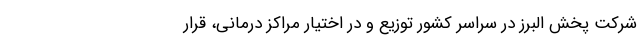
شرکت پخش البرز در سراسر کشور توزیع و در اختیار مراکز درمانی، قرار